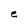
Character: e